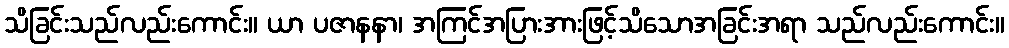
သိခြင်းသည်လည်းကောင်း။ ယာ ပဇာနနာ၊ အကြင်အပြားအားဖြင့်သိသောအခြင်းအရာ သည်လည်းကောင်း။